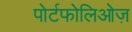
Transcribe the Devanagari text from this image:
पोर्टफोलिओज़